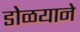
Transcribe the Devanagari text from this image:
डोळयाने